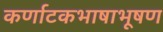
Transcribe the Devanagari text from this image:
कर्णाटकभाषाभूषण